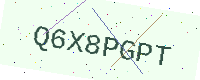
Text: Q6X8PGPT